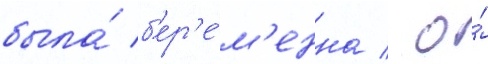
была́ б'ер'е́м'енна / о́